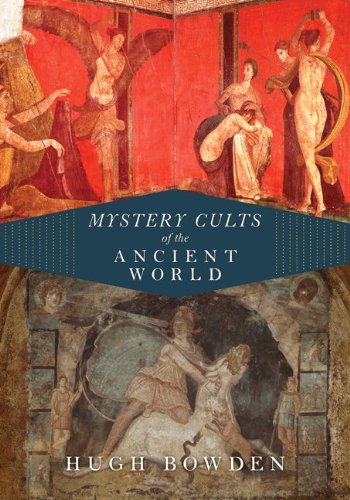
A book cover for Mystery Cults of the Ancient World; Hugh Bowden; Religion & Spirituality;